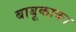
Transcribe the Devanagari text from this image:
बाबूकाका